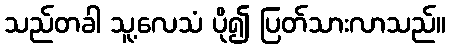
သည်တခါ သူ့လေသံ ပို၍ ပြတ်သားလာသည်။